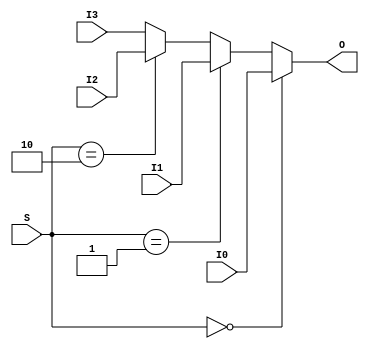
module Mux4xNone (
    input I0,
    input I1,
    input I2,
    input I3,
    input [1:0] S,
    output O
);
reg [0:0] coreir_commonlib_mux4x1_inst0_out;
always @(*) begin
if (S == 0) begin
    coreir_commonlib_mux4x1_inst0_out = I0;
end else if (S == 1) begin
    coreir_commonlib_mux4x1_inst0_out = I1;
end else if (S == 2) begin
    coreir_commonlib_mux4x1_inst0_out = I2;
end else begin
    coreir_commonlib_mux4x1_inst0_out = I3;
end
end

assign O = coreir_commonlib_mux4x1_inst0_out[0];
endmodule